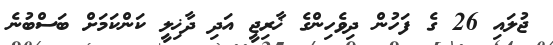
ޖުލައި 26 ގެ ފަހުން ދިވެހިންގެ ޚާރިޖީ އަދި ދާޚިލީ ކަންކަމަށް ބަސްބުނެ